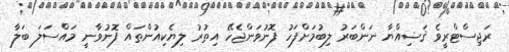
ރަޖިސްޓްރީވެ ޤަޟިއްޔާ ނަންބަރު ލިބުމަށްފަހު ފޮނުވަންޖެހޭ އިތުރު ލިޔެކިއުންތައް ފޮނުވާނީ މައްސަލަ ބަލާ